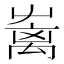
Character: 𡴥